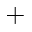
+